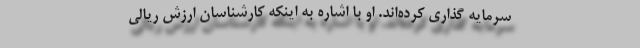
سرمایه گذاری کرده‌اند. او با اشاره به اینکه کارشناسان ارزش ریالی